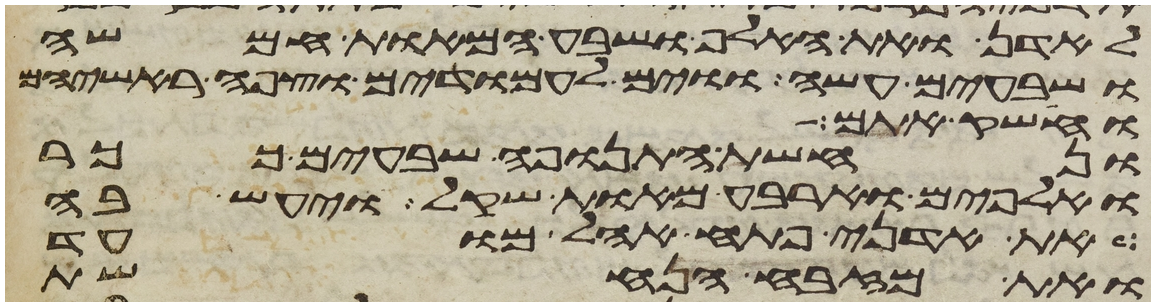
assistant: לאדן ואת האלף ושבע המאות חמשה
ושבעים עשה ווים לעמודים וצפה ראשיהם
וחשק אתם
ונחשת התנופה שבעים ככר
ואלפים וארבע מאות שקל ויעש בה
את אדני פתח אהל מועד
ואת מזבח הנחשת